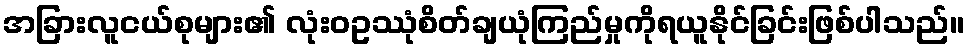
အခြားလူငယ်စုများ၏ လုံးဝဥဿုံစိတ်ချယုံကြည်မှုကိုရယူနိုင်ခြင်းဖြစ်ပါသည်။